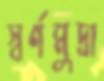
স্বর্ণমুদ্রা